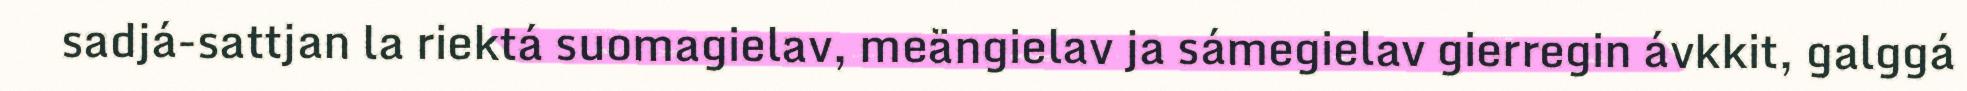
sadjá-sattjan la riektá suomagielav, meängielav ja sámegielav gierregin ávkkit, galggá